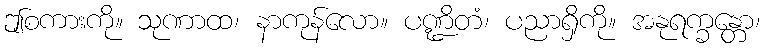
ဤစကားကို။ သုဏာထ၊ နာကုန်လော။ ပဏ္ဍိတံ၊ ပညာရှိကို။ အနုရက္ခန္တော၊